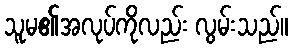
သူမ၏အလုပ်ကိုလည်း လွမ်းသည်။